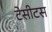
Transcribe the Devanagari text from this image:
टेसीटस